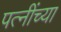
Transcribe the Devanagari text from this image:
पत्नींच्या